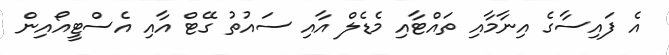
އެ ފައިސާގެ އިނާމާއި ތައްޓާއި މެޑެލް އާއި ސައުތު ގޭޓް އާއި އެސްޓީއޯއިން